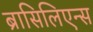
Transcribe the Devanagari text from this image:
ब्रासिलिएन्स